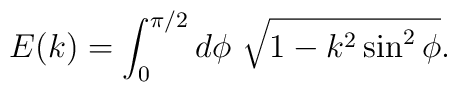
E(k)=\int_0^{\pi/2}d\phi ~\sqrt{1-k^2\sin^2\phi}.